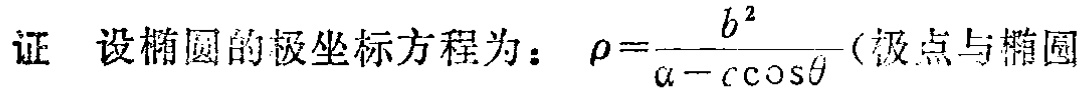
证 设椭圆的极坐标方程为：$\rho=\frac{b^{2}}{a - c\cos\theta}$（极点与椭圆